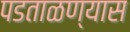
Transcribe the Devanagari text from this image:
पडताळण्यास